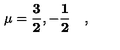
\mathbf { \mu = \frac { 3 } { 2 } , - \frac { 1 } { 2 } } \quad ,